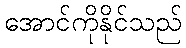
အောင်ကိုနိုင်သည်